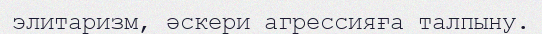
элитаризм, әскери агрессияға талпыну.